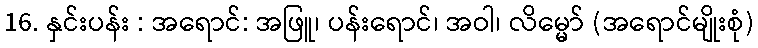
16. နှင်းပန်း : အရောင်: အဖြူ၊ ပန်းရောင်၊ အဝါ၊ လိမ္မော် (အရောင်မျိုးစုံ)